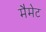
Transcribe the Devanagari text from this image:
मैमेट